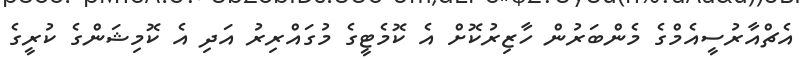
އެޗްއާރުސީއެމްގެ މެންބަރުން ހާޒިރުކޮށް އެ ކޮމެޓީގެ މުގައްރިރު އަދި އެ ކޮމިޝަންގެ ކުރީގެ